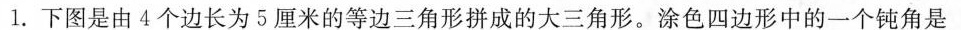
1.下图是由4个边长为5厘米的等边三角形拼成的大三角形。涂色四边形中的一个钝角是